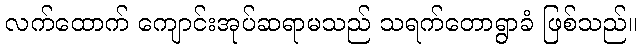
လက်ထောက် ကျောင်းအုပ်ဆရာမသည် သရက်တောရွာခံ ဖြစ်သည်။